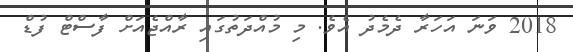
2018 ވަނަ އަހަރާ ދެމެދު އެވެ. މި މުއްދަތުގައި ރާއްޖެއަށް ފާސްޓް ފުޑް